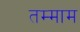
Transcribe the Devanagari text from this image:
तम्माम